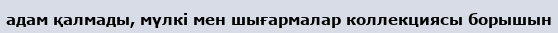
адам қалмады, мүлкі мен шығармалар коллекциясы борышын